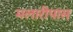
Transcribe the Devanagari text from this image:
मलारीपास